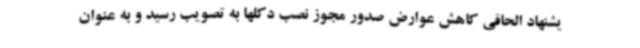
یشنهاد الحاقی کاهش عوارض صدور مجوز نصب دکلها به تصویب رسید و به عنوان